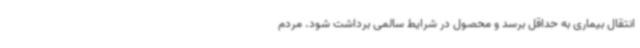
انتقال بیماری به حداقل برسد و محصول در شرایط سالمی برداشت شود. مردم